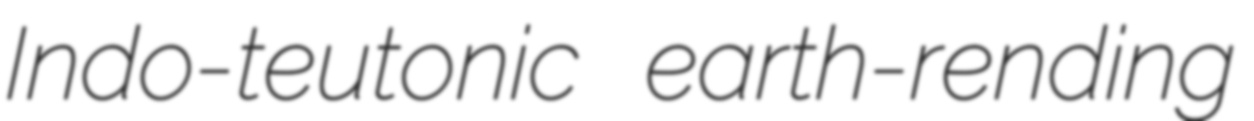
Indo-teutonic earth-rending